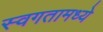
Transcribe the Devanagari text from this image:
स्वगतामध्ये